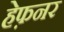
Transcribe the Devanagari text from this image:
हेफ़नर